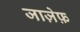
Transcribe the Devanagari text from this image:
जाज़ेफ़